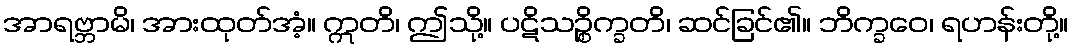
အာရဗ္ဘာမိ၊ အားထုတ်အံ့။ ဣတိ၊ ဤသို့။ ပဋိသဉ္စိက္ခတိ၊ ဆင်ခြင်၏။ ဘိက္ခဝေ၊ ရဟန်းတို့။